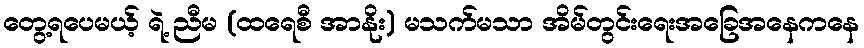
တွေ့ရပေမယ့် ရဲ့ ညီမ (ထရေစီ အာနိုး) မသက်မသာ အိမ်တွင်းရေးအခြေအနေကနေ